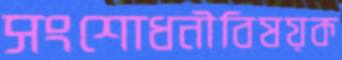
সংশোধনীবিষয়ক